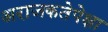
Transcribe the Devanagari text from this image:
अराजकतेपेक्षा